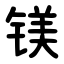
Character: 镁